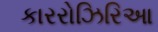
કારરોઝિરિઆ